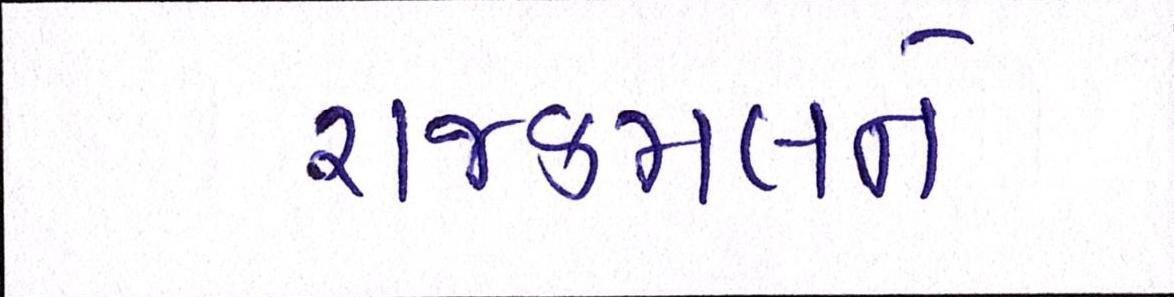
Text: રાજકમલને